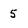
Character: 5